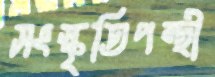
সংস্কৃতিপন্থী